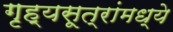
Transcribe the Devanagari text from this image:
गृह्यसूत्रांमध्ये